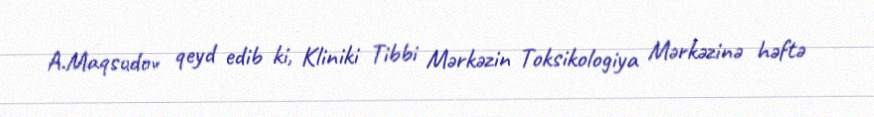
A.Maqsudov qeyd edib ki, Kliniki Tibbi Mərkəzin Toksikologiya Mərkəzinə həftə